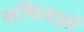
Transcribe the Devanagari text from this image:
गणिताज्ञों